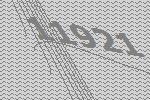
11921